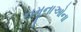
નમૂનાઓના